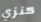
كنزي